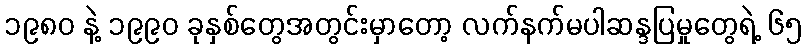
၁၉၈၀ နဲ့ ၁၉၉၀ ခုနှစ်တွေအတွင်းမှာတော့ လက်နက်မပါဆန္ဒပြမှုတွေရဲ့ ၆၅